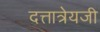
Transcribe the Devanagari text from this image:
दत्तात्रेयजी